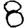
Digit: 8